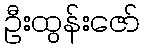
ဦးထွန်းဇော်